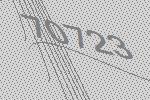
70723